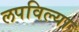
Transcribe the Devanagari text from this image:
लपविल्या